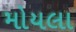
મોયલા